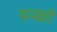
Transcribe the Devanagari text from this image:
पन्खो